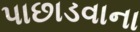
પાછાડવાના